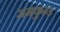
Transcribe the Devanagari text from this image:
रामकुन्ड